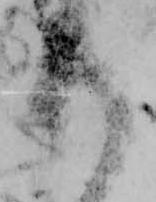
御